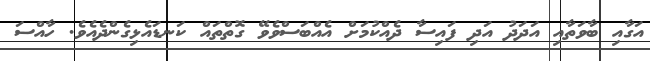
އަގާއި ބާވަތާއި އަދަދު އަދި ފައިސާ ދެއްކުމަށް އެއްބަސްވެވޭ ގޮތްތައް ކަނޑައެޅިގެންދެއެވެ. ހާއްސަ